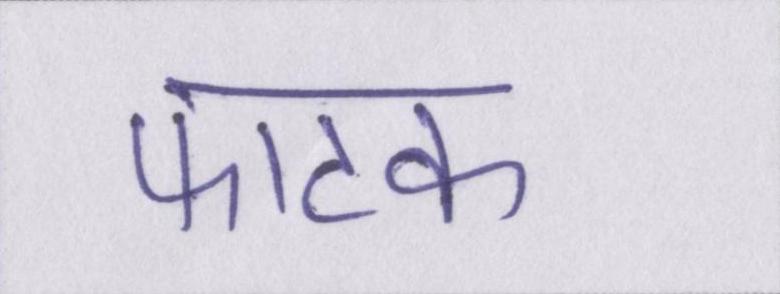
फाटक